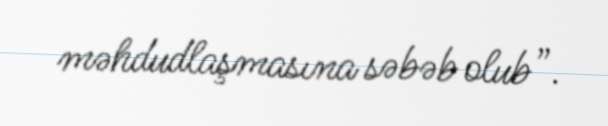
məhdudlaşmasına səbəb olub”.